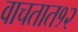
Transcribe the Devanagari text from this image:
वाचतात१२